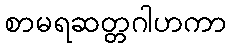
စာမရဆတ္တဂါဟကာ